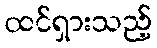
ထင်ရှားသည့်